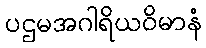
ပဌမအဂါရိယဝိမာနံ